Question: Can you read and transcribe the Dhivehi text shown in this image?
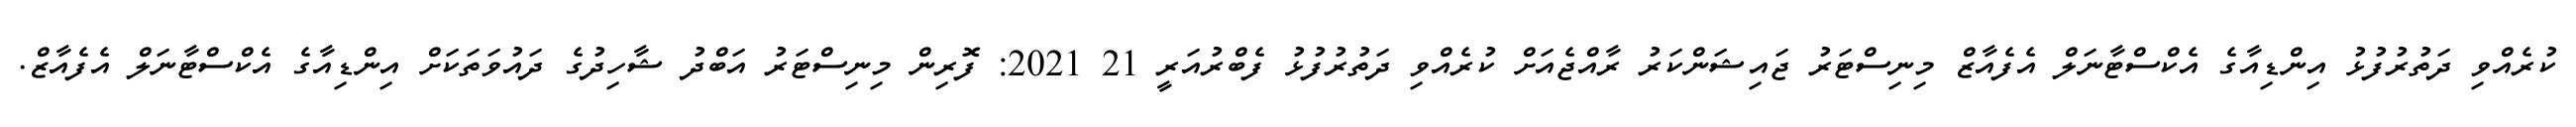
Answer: ކުރެއްވި ދަތުރުފުޅު އިންޑިއާގެ އެކްސްޓާނަލް އެފެއާޒް މިނިސްޓަރު ޖައިޝަންކަރު ރާއްޖެއަށް ކުރެއްވި ދަތުރުފުޅު ފެބްރުއަރީ 21 2021: ފޮރިން މިނިސްޓަރު އަބްދު ޝާހިދުގެ ދައުވަތަކަށް އިންޑިއާގެ އެކްސްޓާނަލް އެފެއާޒް.